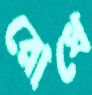
রোধে